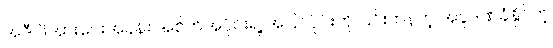
အဲဒီ ဖိအားပေးအခန်း အစိတ်အပိုင်းရဲ့ အပြင်ပိုင်းကို ပြင်းထန်တဲ့ အပူဒဏ်ခံနိုင်တဲ့